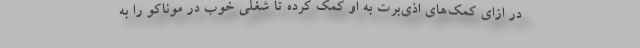
در ازای کمک‌های اذی‌برت به او کمک کرده تا شغلی خوب در موناکو را به